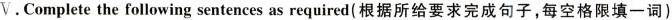
V.Complete the following sentences as required(根据所给要求完成句子，每空格限填一词)